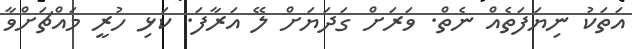
އަތަކު ނިޔަފަތެއް ނެތް. ވަރަށް ގަދަޔަށް ލޭ އަރާފަ. ކަޅި ހުރީ މައްޗަށްވާ